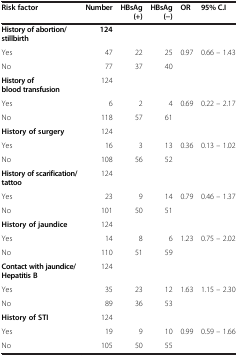
| Risk factor | Number | HBsAg(+) | HBsAg(−) | OR | 95% C.I |
 | --- | --- | --- | --- | --- | --- |
 | History of abortion/stillbirth | 124 |  |  |  |  |
 | Yes | 47 | 22 | 25 | 0.97 | 0.66 – 1.43 |
 | No | 77 | 37 | 40 |  |  |
 | History of blood transfusion | 124 |  |  |  |  |
 | Yes | 6 | 2 | 4 | 0.69 | 0.22 – 2.17 |
 | No | 118 | 57 | 61 |  |  |
 | History of surgery | 124 |  |  |  |  |
 | Yes | 16 | 3 | 13 | 0.36 | 0.13 – 1.02 |
 | No | 108 | 56 | 52 |  |  |
 | History of scarification/tattoo | 124 |  |  |  |  |
 | Yes | 23 | 9 | 14 | 0.79 | 0.46 – 1.37 |
 | No | 101 | 50 | 51 |  |  |
 | History of jaundice | 124 |  |  |  |  |
 | Yes | 14 | 8 | 6 | 1.23 | 0.75 – 2.02 |
 | No | 110 | 51 | 59 |  |  |
 | Contact with jaundice/Hepatitis B | 124 |  |  |  |  |
 | Yes | 35 | 23 | 12 | 1.63 | 1.15 – 2.30 |
 | No | 89 | 36 | 53 |  |  |
 | History of STI | 124 |  |  |  |  |
 | Yes | 19 | 9 | 10 | 0.99 | 0.59 – 1.66 |
 | No | 105 | 50 | 55 |  |  |